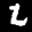
Label: 2